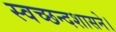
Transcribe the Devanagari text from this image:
स्वच्छन्दशासने।